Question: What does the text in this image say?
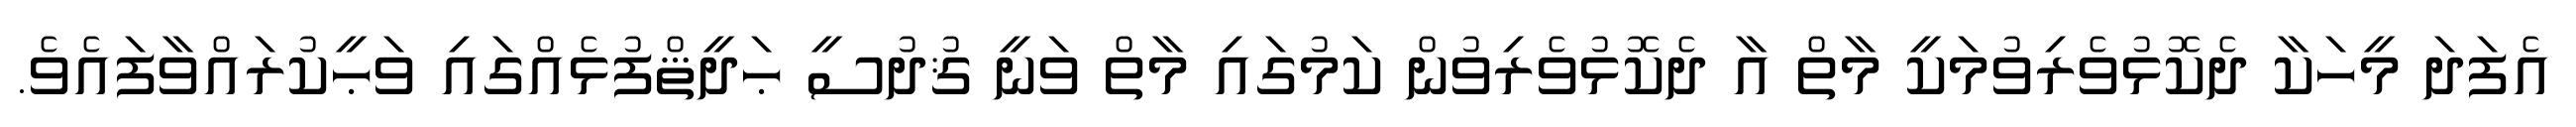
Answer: އެފަދަ މީހަކާ ދެކޮޅުވެރިވުމަކީ މާތް އާ ދެކޮޅުވެރިވުން ކަމުގައި މާތް ވަނީ ޤުދުސީ ޙަދީޘްފުޅެއްގައި ވަޙީކުރައްވާފައެވެ.